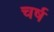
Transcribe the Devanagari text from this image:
चर्ष